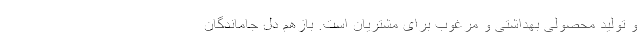
و تولید محصولی بهداشتی و مرغوب برای مشتریان است. بازهم دل جاماندگان